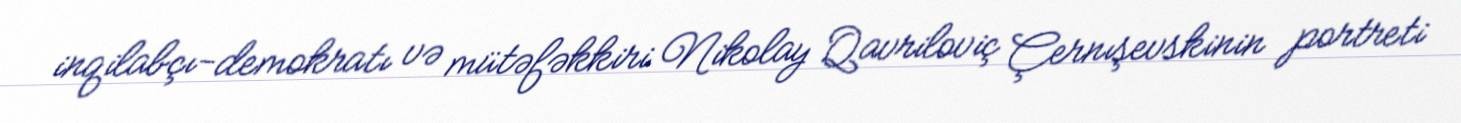
inqilabçı-demokratı və mütəfəkkiri Nikolay Qavriloviç Çernışevskinin portreti